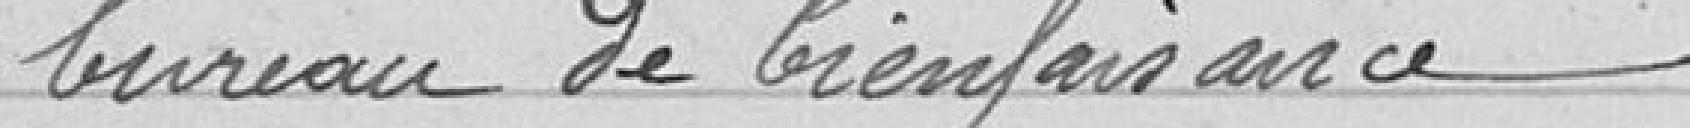
bureau de bienfaisance.